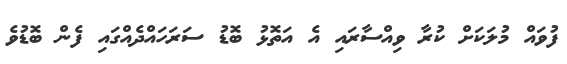
ފުވައް މުލަކަށް ކުރާ ވިއްސާރައި އެ އަތޮޅު ބޮޑު ސަރަހައްދެއްގައި ފެން ބޮޑުވެ